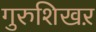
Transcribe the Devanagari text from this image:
गुरुशिखऱ